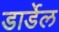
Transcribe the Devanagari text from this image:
डार्डेल